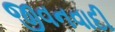
જીવનવાદી